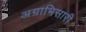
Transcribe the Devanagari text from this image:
अग्राभिसारी